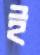
ই